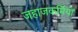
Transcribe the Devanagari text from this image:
जहाजकर्मियों